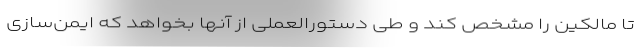
تا مالکین را مشخص کند و طی دستورالعملی از آنها بخواهد که ایمن‌سازی